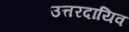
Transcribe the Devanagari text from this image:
उत्तरदायिव